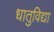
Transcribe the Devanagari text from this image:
धातुविद्या